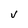
Character: V